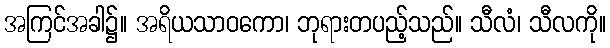
အကြင်အခါ၌။ အရိယသာဝကော၊ ဘုရားတပည့်သည်။ သီလံ၊ သီလကို။